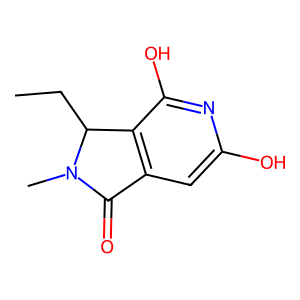
SMILES: CCC1c2c(cc(O)nc2O)C(=O)N1C
Inhibits HIV replication: No